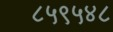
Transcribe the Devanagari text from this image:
८५९५४८